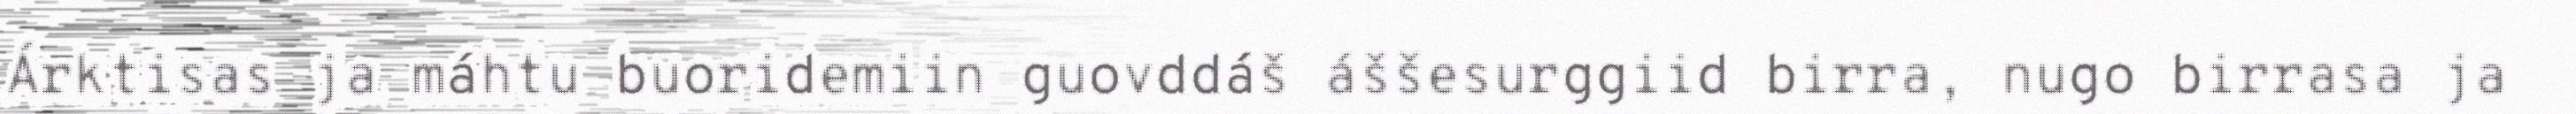
Árktisas ja máhtu buoridemiin guovddáš áššesurggiid birra, nugo birrasa ja